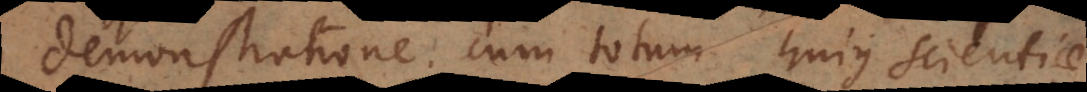
demonstratione cum totum hujus scientiae